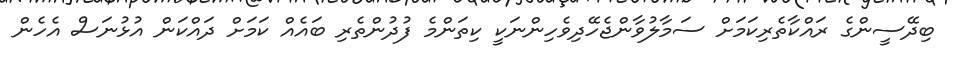
ބިދޭސީންގެ ރައްކާތެރިކަމަށް ސަމާލުވާންޖެހޭދިވެހިންނަކީ ކިތަންމެ ފުދުންތެރި ބައެއް ކަމަށް ދައްކަން އުޅުނަސް އެހެން